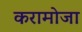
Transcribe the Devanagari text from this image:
करामोजा